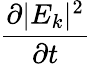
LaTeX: \frac{\partial|E_{k}|^{2}}{\partial t}